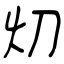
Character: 灱